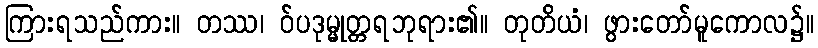
ကြားရသည်ကား။ တဿ၊ ဝ်ပဒုမ္မုတ္တရဘုရား၏။ တုတိယံ၊ ဖွားတော်မူကောလ၌။